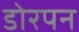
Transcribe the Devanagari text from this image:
डोरपन